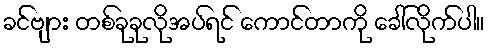
ခင်ဗျား တစ်ခုခုလိုအပ်ရင် ကောင်တာကို ခေါ်လိုက်ပါ။